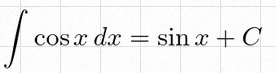
\int \cos x\,dx=\sin x+C